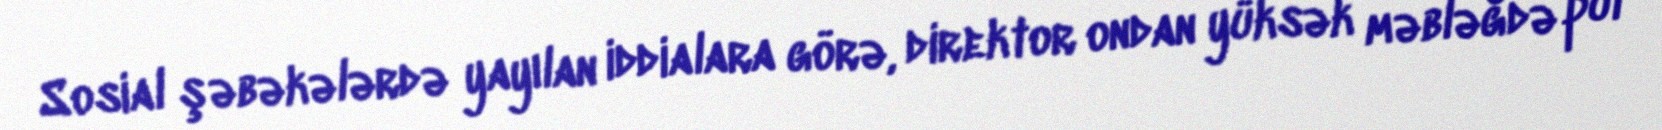
Sosial şəbəkələrdə yayılan iddialara görə, direktor ondan yüksək məbləğdə pul